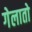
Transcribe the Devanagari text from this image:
गेलातो